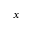
x